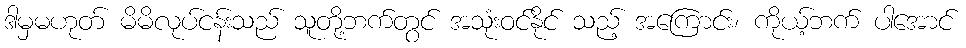
ဒါမှမဟုတ် မိမိလုပ်ငန်းသည် သူတို့ဘက်တွင် အသုံးဝင်နိုင် သည့် အကြောင်း၊ ကိုယ့်ဘက် ပါအောင်